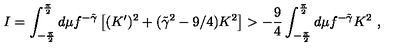
I = \int _ { - { \frac { \pi } { 2 } } } ^ { \frac { \pi } { 2 } } d \mu f ^ { - \tilde { \gamma } } \left[ ( K ^ { \prime } ) ^ { 2 } + ( \tilde { \gamma } ^ { 2 } - 9 / 4 ) K ^ { 2 } \right] > { - { \frac { 9 } { 4 } } } \int _ { - { \frac { \pi } { 2 } } } ^ { \frac { \pi } { 2 } } d \mu f ^ { - \tilde { \gamma } } K ^ { 2 } \ ,